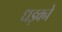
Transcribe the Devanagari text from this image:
धड़क्ने